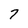
Character: 7